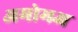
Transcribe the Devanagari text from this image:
अमोमअ